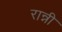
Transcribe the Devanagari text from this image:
रान्नी